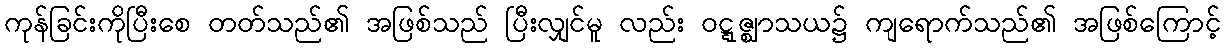
ကုန်ခြင်းကိုပြီးစေ တတ်သည်၏ အဖြစ်သည် ပြီးလျှင်မူ လည်း ဝဋ္ဋဇ္ဈာသယ၌ ကျရောက်သည်၏ အဖြစ်ကြောင့်